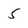
Character: 5